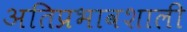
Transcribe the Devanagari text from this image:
अतिप्रभावशाली